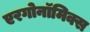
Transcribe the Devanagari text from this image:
एरगोनॉमिक्स